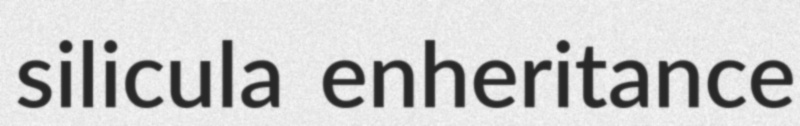
silicula enheritance